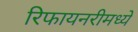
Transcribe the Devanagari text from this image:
रिफायनरीमध्ये